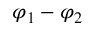
\varphi _ { 1 } - \varphi _ { 2 }